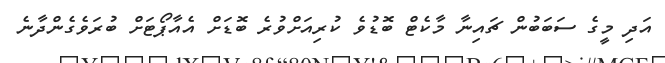
އަދި މީގެ ސަބަބުން ޗައިނާ މާކެޓް ބޮޑުވެ ކުރިއަށްވުރެ ބޮޑަށް އެއާޕޯޓަށް ބުރަވެގެންދާނެ